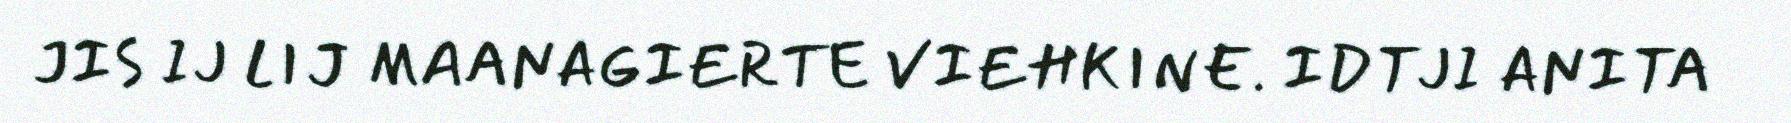
JIS IJ LIJ MAANAGIERTE VIEHKINE. IDTJI ANITA